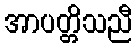
အာပတ္တိသညီ